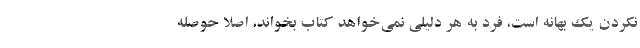
نکردن یک بهانه‌ است، فرد به هر دلیلی نمی‌خواهد کتاب بخواند، اصلا حوصله